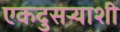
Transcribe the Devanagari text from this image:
एकदुसऱ्याशी